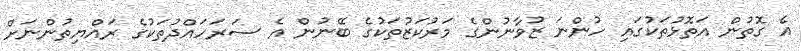
އެ ގޮތުން އަތޮޅުތަކުގައި ހުންނަ ޒުވާނުންގެ މަރުކަޒުތަކުގެ ބޭނުން އެ ސަރަހައްދުތަކުގެ ރައްޔިތުންނަށް